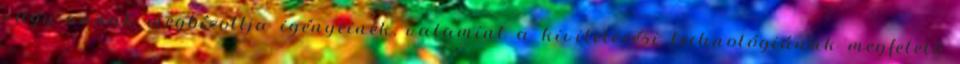
vagy annak megbízottja igényeinek, valamint a kivitelezési technológiának megfelelõ